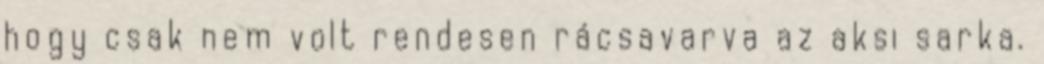
hogy csak nem volt rendesen rácsavarva az aksi sarka.